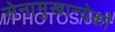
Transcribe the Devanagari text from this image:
सेनामुखान्येको